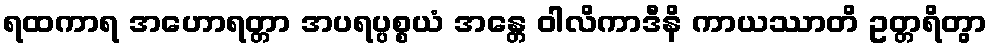
ရထကာရ အဟောရတ္တာ အပရပ္ပစ္စယံ အန္တေ ဝါလိကာဒီနိ ကာယဿာတိ ဥတ္တရိတွာ